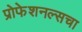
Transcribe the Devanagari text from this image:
प्रोफेशनल्सचा